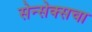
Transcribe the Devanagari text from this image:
सेन्सेक्सचा